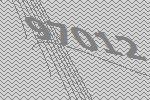
97012